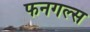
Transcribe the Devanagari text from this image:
फनगल्स